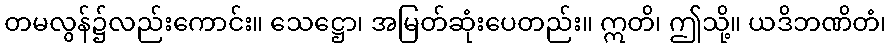
တမလွန်၌လည်းကောင်း။ သေဋ္ဌော၊ အမြတ်ဆုံးပေတည်း။ ဣတိ၊ ဤသို့။ ယဒိဘဏိတံ၊